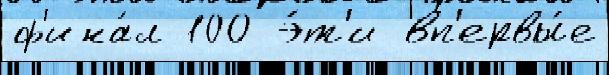
ф'ина́л 100 э́т'и вп'ервы́е